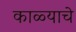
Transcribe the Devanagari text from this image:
काळ्याचे